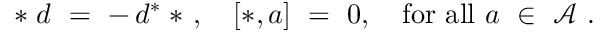
* \; d \ = \ - \, d ^ { * } \; * \ , \quad [ * , a ] \ = \ 0 , \quad \mathrm { f o r \ a l l } \ a \ \in \ { \mathcal A } \ .